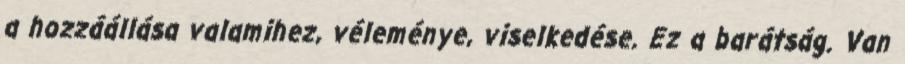
a hozzáállása valamihez, véleménye, viselkedése. Ez a barátság. Van